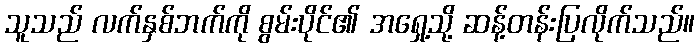
သူသည် လက်နှစ်ဘက်ကို စွမ်းပိုင်၏ အရှေ့သို့ ဆန့်တန်းပြလိုက်သည်။